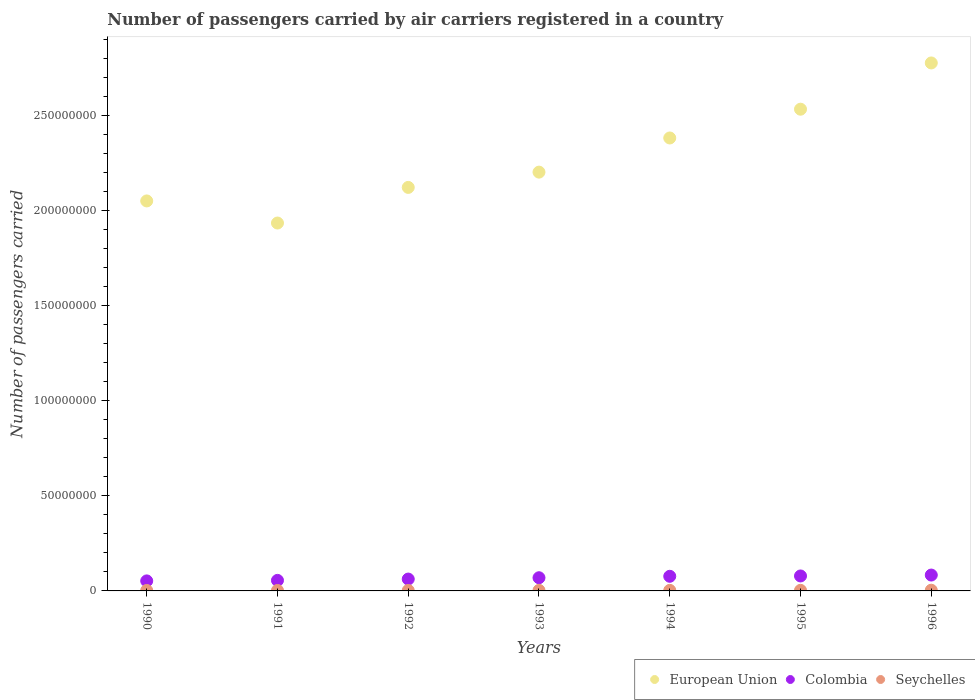
| Years | European Union | Colombia | Seychelles |
 | --- | --- | --- | --- |
 | 1990 | 2.05e+08 | 5.27e+06 | 2.42e+05 |
 | 1991 | 1.93e+08 | 5.54e+06 | 2.43e+05 |
 | 1992 | 2.12e+08 | 6.23e+06 | 2.4e+05 |
 | 1993 | 2.2e+08 | 6.93e+06 | 2.89e+05 |
 | 1994 | 2.38e+08 | 7.69e+06 | 2.97e+05 |
 | 1995 | 2.53e+08 | 7.86e+06 | 3.14e+05 |
 | 1996 | 2.78e+08 | 8.34e+06 | 3.73e+05 |